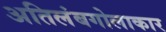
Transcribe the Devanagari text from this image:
अतिलंबगोलाकार